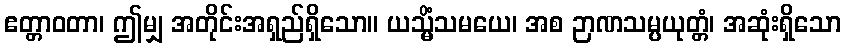
ဧတ္တာဝတာ၊ ဤမျှ အတိုင်းအရှည်ရှိသော။ ယသ္မိံသမယေ၊ အစ ဉာဏသမ္ပယုတ္တံ၊ အဆုံးရှိသော